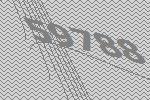
59788